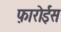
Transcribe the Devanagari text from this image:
फ़ारोईस